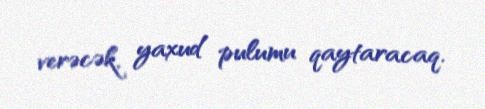
verəcək, yaxud pulumu qaytaracaq.